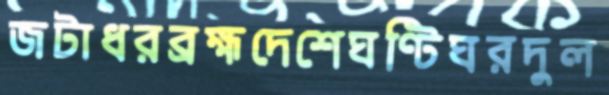
জটাধরব্রহ্মদেশেঘণ্টিঘরদুল